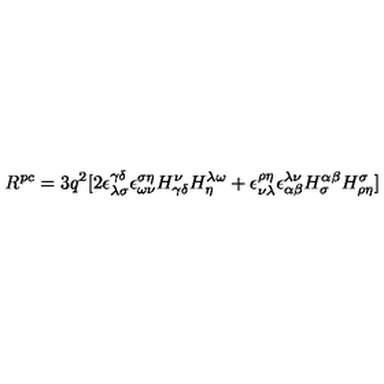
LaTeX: R ^ { p c } = 3 q ^ { 2 } [ 2 \epsilon _ { \lambda \sigma } ^ { \gamma \delta } \epsilon _ { \omega \nu } ^ { \sigma \eta } H _ { \gamma \delta } ^ { \nu } H _ { \eta } ^ { \lambda \omega } + \epsilon _ { \nu \lambda } ^ { \rho \eta } \epsilon _ { \alpha \beta } ^ { \lambda \nu } H _ { \sigma } ^ { \alpha \beta } H _ { \rho \eta } ^ { \sigma } ]